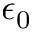
\epsilon _ { 0 }